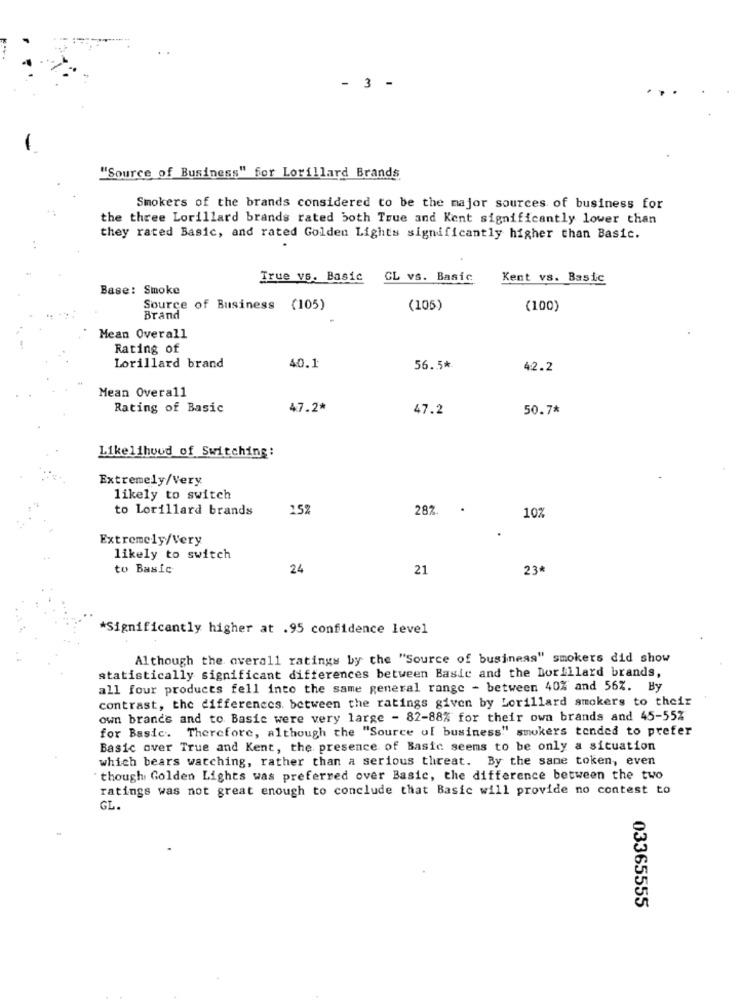
- 3 -
"Source of Business" for Lorillard Brands
Smokers of the brands considered to be the major sources of business for
the three Lorillard brands rated both True and Kent significantly lower than
they rated Basic, and rated Golden Lights significantly higher than Basic.
True vs. Basic
CL vs. Basic
Kent vs. Basic
Base: Smoke
Source of Business (105)
(105)
(100)
Brand
Mean Overall
Rating of
Lorillard brand
40.1
56.5*
42.2
Mean Overall
Rating of Basic
47.2*
47.2
50.7%
Likelihood of Switching:
Extremely/Very
likely to switch
to Lorillard brands
15%
282.
10%
Extremely/Very
likely to switch
to Basic
24
21
23*
*Significantly higher at .95 confidence level
Although the overall ratings by the "Source of business" smokers did show
statistically significant differences between Basic and the Dorillard brands,
all four products fell into the same general range - between 40% and 56%. By
contrast, the differences between the ratings given by Lorillard smokers to their
own brands and to Basic were very large - 82-88% for their own brands and 45-55%
for Basic. Therefore, although the "Source of business" smokers tended to prefer
Basic over True and Kent, the presence of Basic seems to be only a situation
which bears watching, rather than a serious threat. By the same token, even
though Golden Lights was preferred over Basic, the difference between the two
ratings was not great enough to conclude that Basic will provide no contest to
GL.
03365555